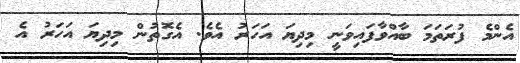
އެންމެ ފުރަތަމަ ބާއްވާފައިވަނީ މިދިޔަ އަހަރު އެވެ. އެގޮތުން މިދިޔަ އަހަރު އެ